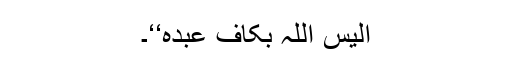
اَلَیْسَ اللّٰہُ بِکَافٍ عَبْدَہٗ‘‘۔